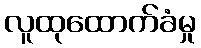
လူထုထောက်ခံမှု